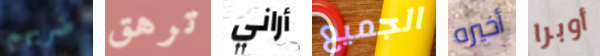
ضربهم ترهق أراني الجميع أخيره أوبرا